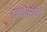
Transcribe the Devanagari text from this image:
इन्जेक्शनों